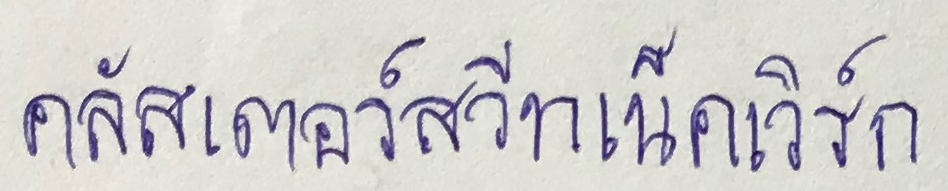
คลัสเตอร์สวีทเน็ตเวิร์ก